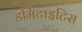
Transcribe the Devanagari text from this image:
डर्मिटाइटिस